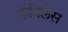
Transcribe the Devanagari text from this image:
कॅप्रिलेस